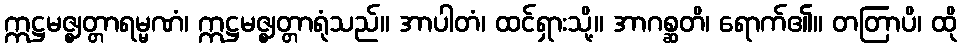
ဣဋ္ဌမဇ္ဈတ္တာရမ္မဏံ၊ ဣဋ္ဌမဇ္ဈတ္တာရုံသည်။ အာပါတံ၊ ထင်ရှားသို့။ အာဂစ္ဆတိ၊ ရောက်၏။ တတြာပိ၊ ထို